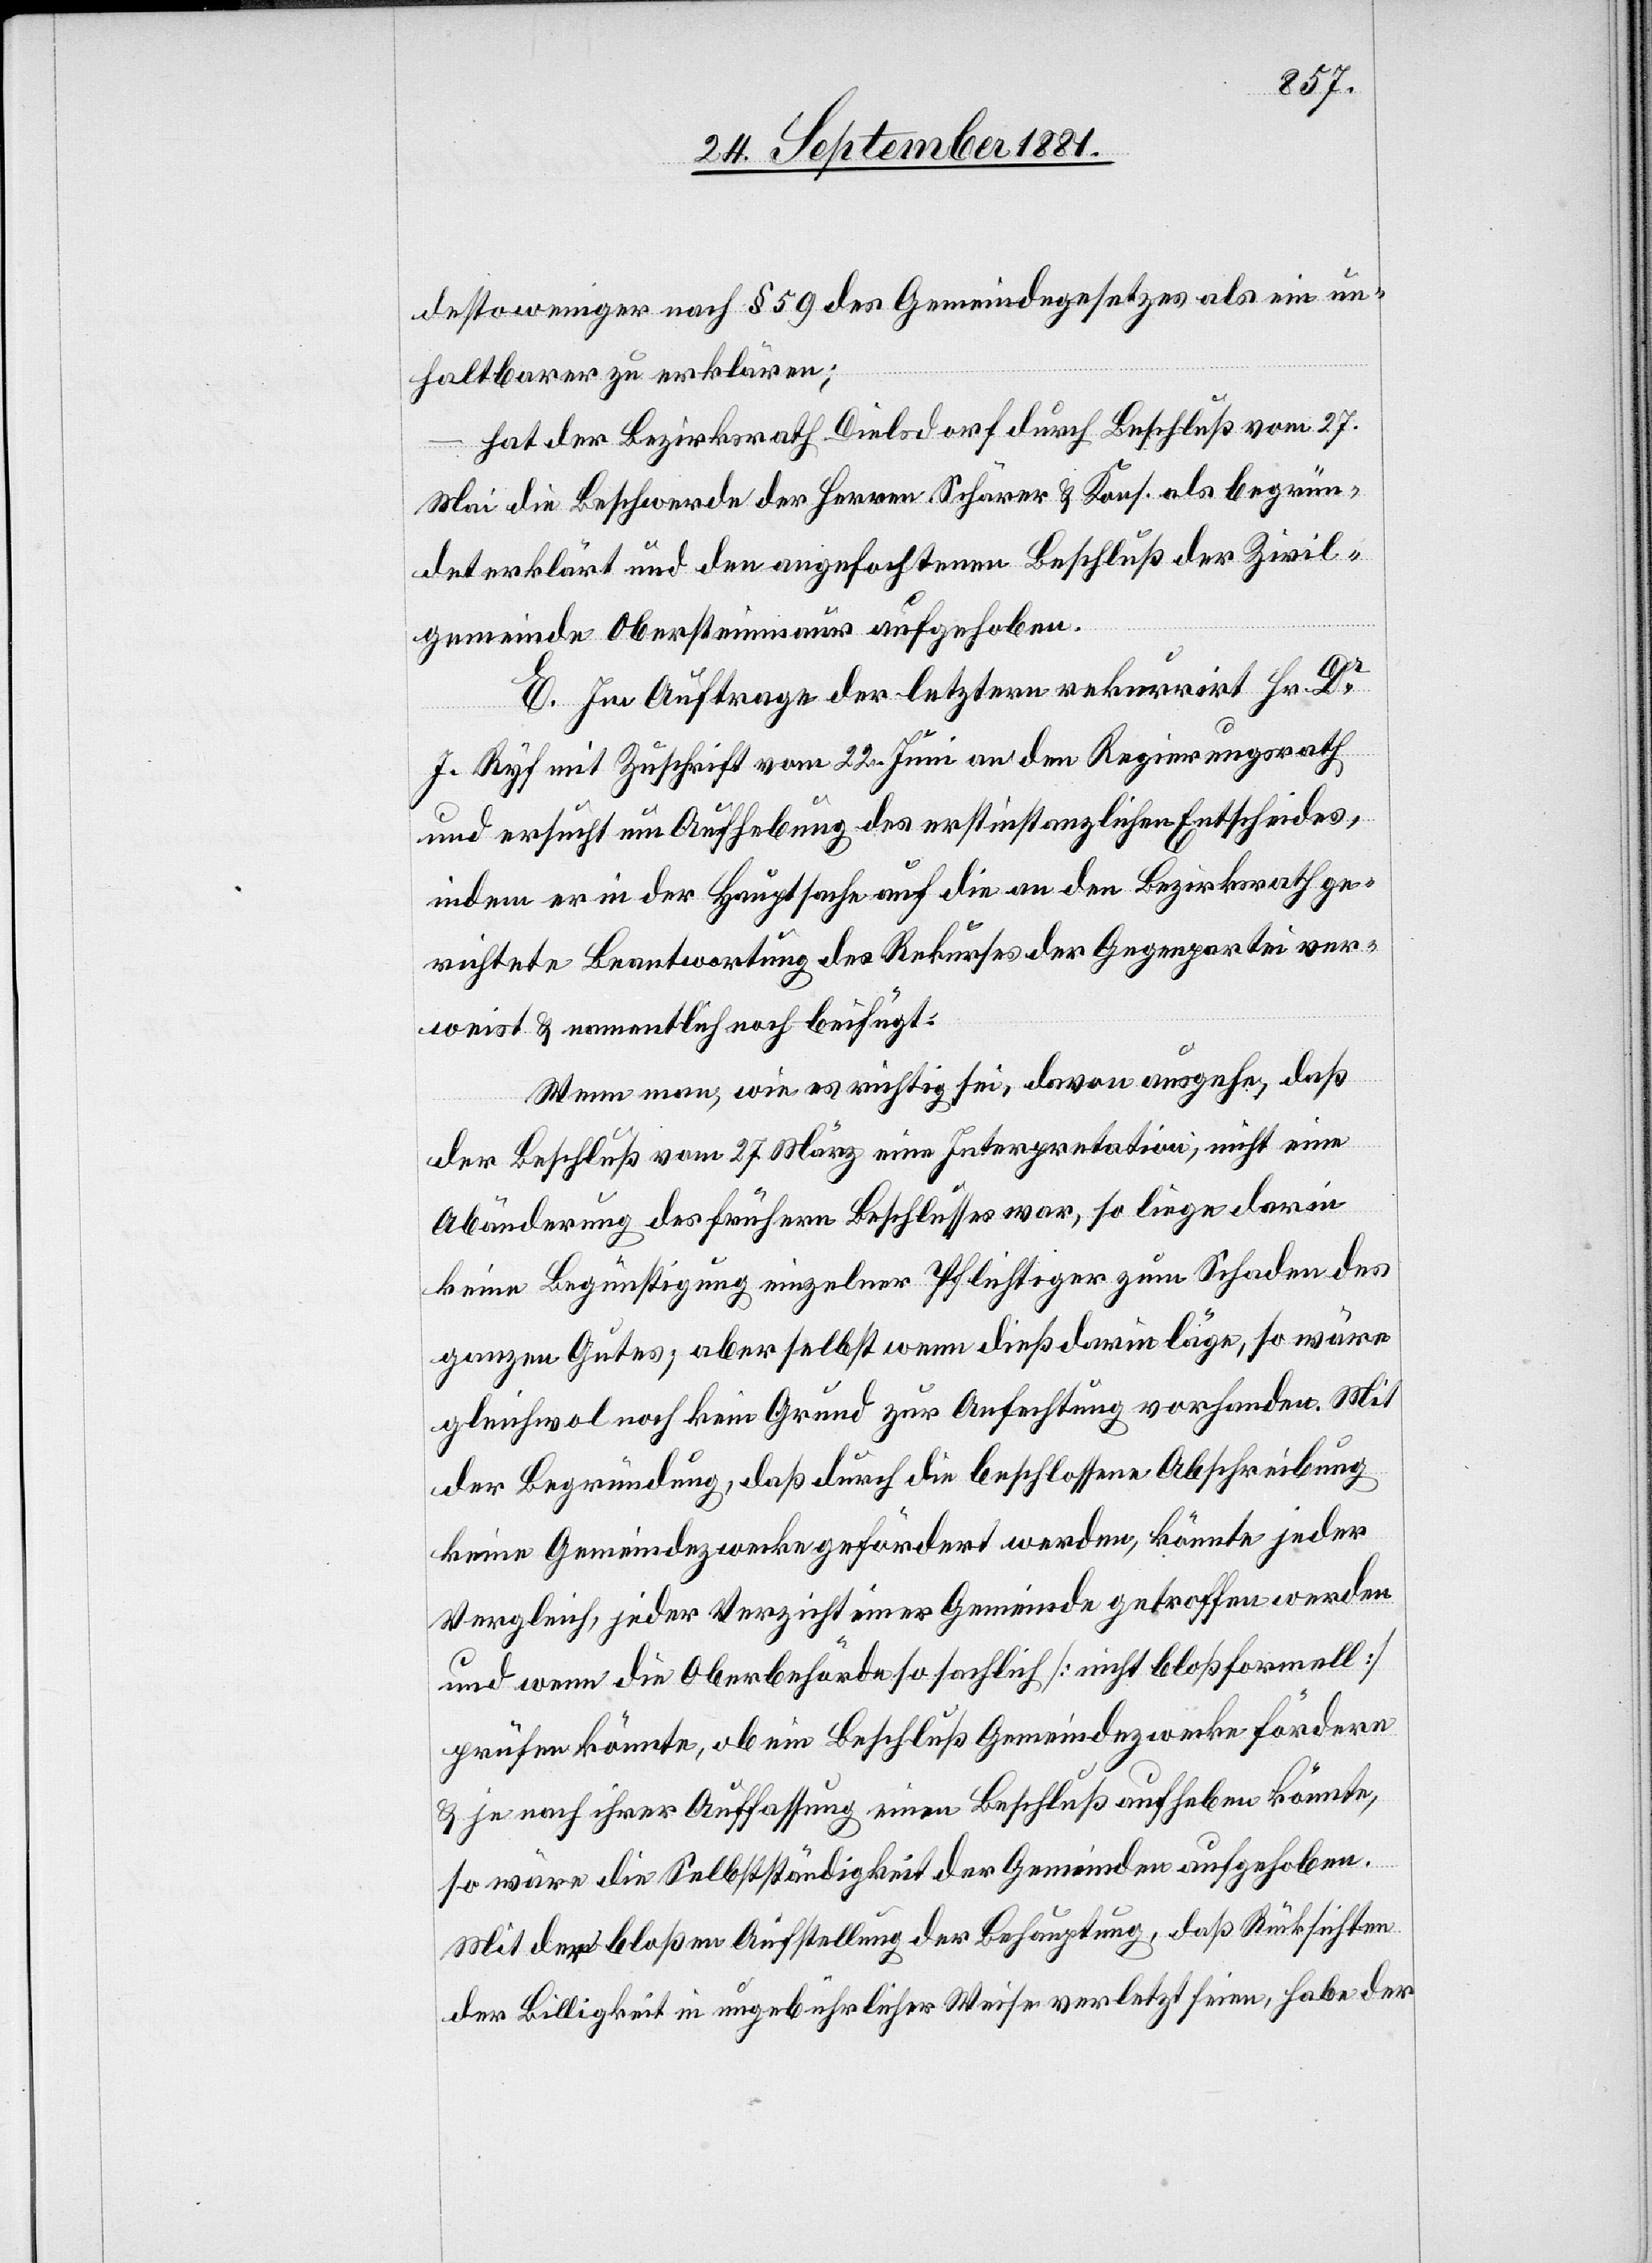
desto weniger nach § 59 des Gemeindegesetzes als ein un¬
haltbarer zu erklären;
hat der Bezirksrath Dielsdorf durch Beschluß vom 27.
Mai die Beschwerde der Herren Schärer & Kons. als begrün¬
det erklärt und den angefochtenen Beschluß der Zivil¬
gemeinde Obersteinmaur aufgehoben.
E. Im Auftrage der letztern rekurrirt Hr. Dr
J. Ryf mit Zuschrift vom 22. Juni an den Regierungsrath
und ersucht um Aufhebung des erstinstanzlichen Entscheides,
indem er in der Hauptsache auf die an den Bezirksrath ge¬
richtete Beantwortung des Rekurses der Gegenpartei ver¬
weist & namentlich noch beifügt:
Wenn man, wie es richtig sei, davon ausgehe, daß
der Beschluß vom 27. März eine Interpretation, nicht eine
Abänderung des frühern Beschlusses war, so liege darin
keine Begünstigung einzelner Pflichtiger zum Schaden des
ganzen Gutes; aber selbst wenn dieß darin läge, so wäre
gleichwol noch kein Grund zur Anfechtung vorhanden. Mit
der Begründung, daß durch die beschlossene Abschreibung
keine Gemeindezwecke gefördert werden, könnte jeder
Vergleich, jeder Verzicht einer Gemeinde getroffen werden
und wenn die Oberbehörde so sachlich [nicht bloß formell]
prüfen könnte, ob ein Beschluß Gemeindezwecke fördern
& je nach ihrer Auffassung einen Beschluß aufheben könnte,
so wäre die Selbstständigkeit der Gemeinden aufgehoben.
Mit der bloßen Aufstellung der Behauptung, daß Rücksichten
der Billigkeit in ungebührlicher Weise verletzt seien, habe der